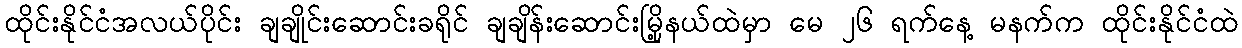
ထိုင်းနိုင်ငံအလယ်ပိုင်း ချချိုင်းဆောင်းခရိုင် ချချိန်းဆောင်းမြို့နယ်ထဲမှာ မေ ၂၆ ရက်နေ့ မနက်က ထိုင်းနိုင်ငံထဲ